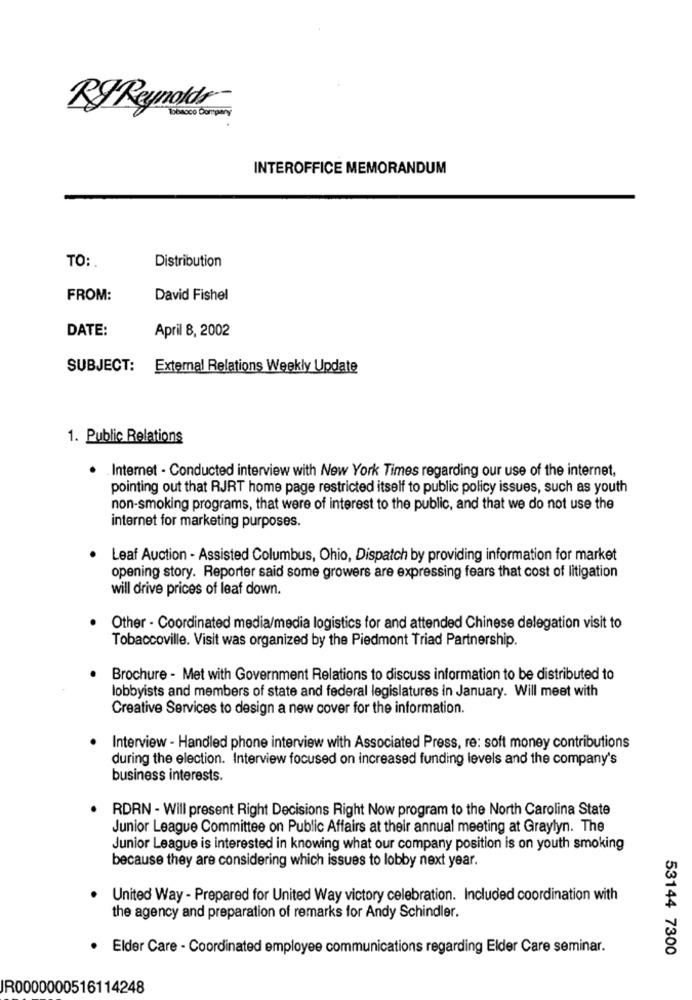
RJ Reynolds
BRNOCO Company
INTEROFFICE MEMORANDUM
TO:
Distribution
FROM:
David Fishel
DATE:
April 8, 2002
SUBJECT: External Relations Weekly Update
1. Public Relations
. . Internet - Conducted interview with New York Times regarding our use of the internet,
pointing out that RJRT home page restricted itself to public policy issues, such as youth
non-smoking programs, that were of interest to the public, and that we do not use the
internet for marketing purposes.
Leaf Auction - Assisted Columbus, Ohio, Dispatch by providing information for market
opening story. Reporter said some growers are expressing fears that cost of litigation
will drive prices of leaf down.
Other - Coordinated media/media logistics for and attended Chinese delegation visit to
Tobaccoville. Visit was organized by the Piedmont Triad Partnership.
Brochure - Met with Government Relations to discuss information to be distributed to
lobbyists and members of state and federal legislatures In January. Will meet with
Creative Services to design a new cover for the information.
Interview - Handled phone interview with Associated Press, re: soft money contributions
during the election. Interview focused on increased funding levels and the company's
business interests.
. RDRN - Will present Right Decisions Right Now program to the North Carolina State
Junior League Committee on Public Affairs at their annual meeting at Graylyn. The
Junior League is interested in knowing what our company position is on youth smoking
because they are considering which issues to lobby next year.
United Way - Prepared for United Way victory celebration. Included coordination with
the agency and preparation of remarks for Andy Schindler.
.
Elder Care - Coordinated employee communications regarding Elder Care seminar.
53144 7300
IR0000000516114248